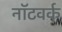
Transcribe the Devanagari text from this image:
नॉटवर्क